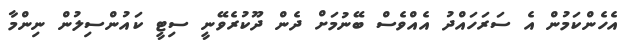
އެހެންކަމުން އެ ސަރަހައްދު އެއްވެސް ބޭނުމަށް ދެން ދޫކުރެވޭނީ ސިޓީ ކައުންސިލުން ނިންމާ